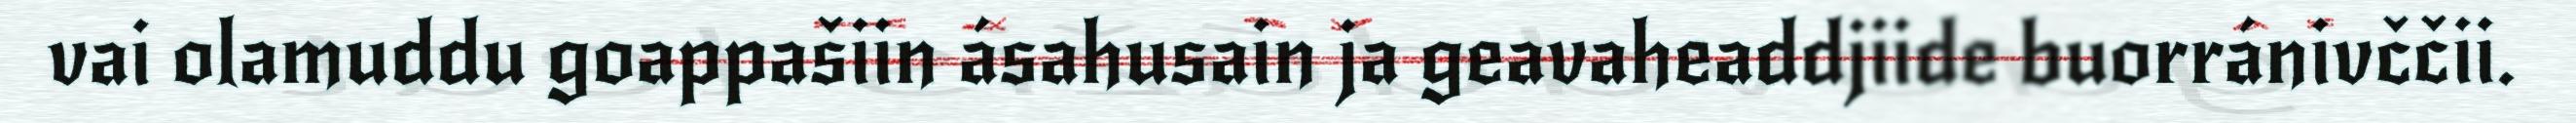
vai olamuddu goappašiin ásahusain ja geavaheaddjiide buorránivččii.